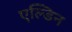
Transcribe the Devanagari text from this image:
एल्डिन